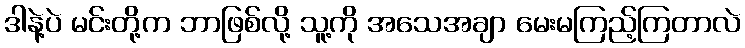
ဒါနဲ့ပဲ မင်းတို့က ဘာဖြစ်လို့ သူ့ကို အသေအချာ မေးမကြည့်ကြတာလဲ